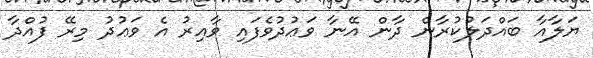
ޔަލާއާ ބައްދަލުކުރާން ދާން އޭނާ ވަޢުދުވެފައި ވާއިރު އެ ވަޢުދު މިރޭ ފުއްދާ